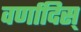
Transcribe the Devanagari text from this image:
वर्णादिस्‌